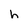
Character: h